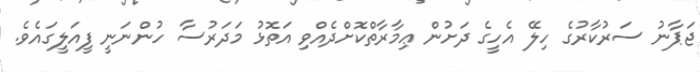
ޖަޕާނު ސަރުކާރުގެ ހިލޭ އެހީގެ ދަށުން ޢިމާރާތްކޮށްދެއްވި އަތޮޅު މަދަރުސާ ހުންނަނީ ފީއަލީގައެވެ.